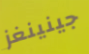
جينينغز